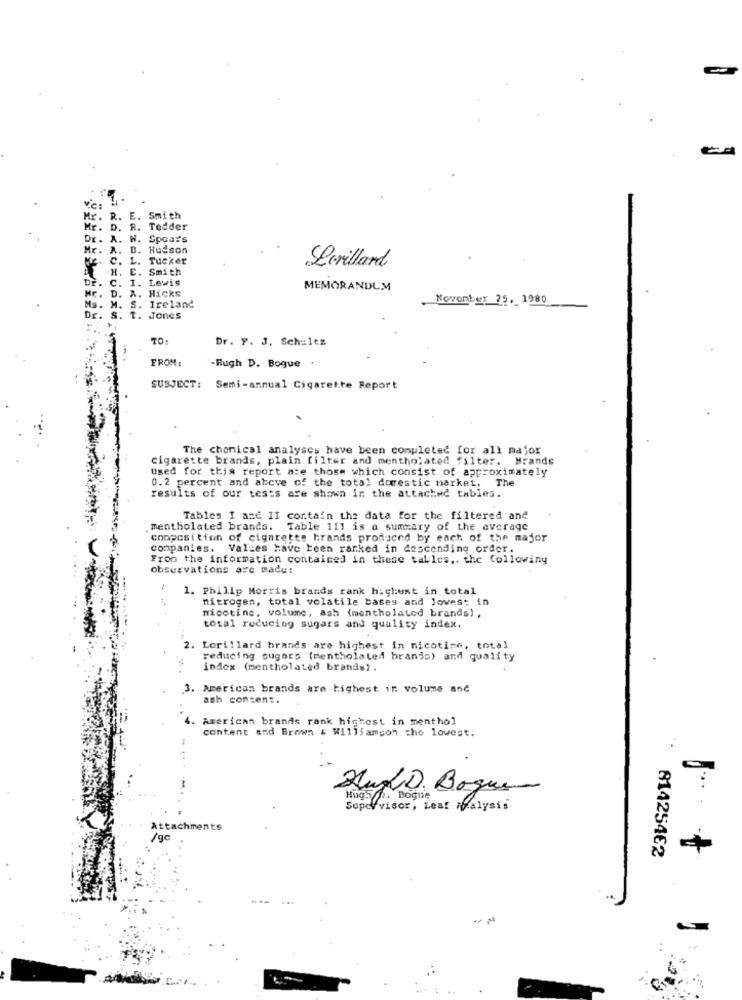
ve:
Mr. R
E. Smith
Mr. D. R.
Tedder
Dr. A. W. Spears
Mr. A. D. Hudson
.C. L. Tucker
. E. Smith
Serillard
C. 1. Lewis
MEMORANDUM
. A. Hicks
Novonber 25. 1980
Ms.
. S. Ireland
Dr. S. T. Jones
TO:
Dr. Y. J. Schultz
FROM:
"-Hugh D. Bogue .
SUBJECT: Semi-annual Cigarette Report
The chonical analyses have been completed for all major
cigarette brands, plain filter and mentholated filter. Mrands
used for this report are those which consist of approximately
0.2 percent and abcve of the total domestic market. The
results of our tests are shown in the attached tables.
Tables I and II cortain the data for the filtered and
. mentholated brands. Table 111 is a summary of the average
composition of cigarette hrands produced by each of the major
companies. Values have been ranked in descending order.
From the information contained in these tables ,. the following
Observations are made:
1. Philip Morris brands rank highust in total
nitrogen, total volatile bases and lowest in
nicotine, volume, ash (mentholated brands) ,
total reducing sugars and quality index.
2. Lorillard brands are highest in nicotine, total
reducing sugars (mentholated brands) and quality
index (mentholated brands) .
3. American brands are highest in volume and
ash consent.
4. American brands rank highest in menthol
content and Brown & Williamson the lowest.
Hugh D Boque
Hugh . Bogue
Supervisor, Leat ifalysis
Attachments
/gc
814254€2
-